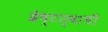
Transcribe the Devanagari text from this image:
श्रेष्टत्वाची